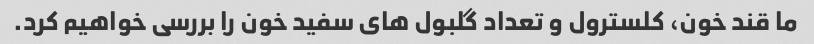
ما قند خون، کلسترول و تعداد گلبول های سفید خون را بررسی خواهیم کرد.